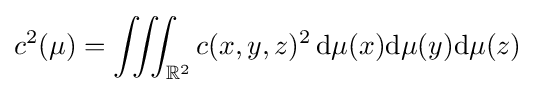
c^{2}(\mu )=\iiint _{\mathbb {R} ^{2}}c(x,y,z)^{2}\,\mathrm {d} \mu (x)\mathrm {d} \mu (y)\mathrm {d} \mu (z)